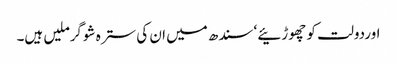
اوردولت کو چھوڑئیے ‘سندھ میں ان کی سترہ شوگرملیں ہیں۔